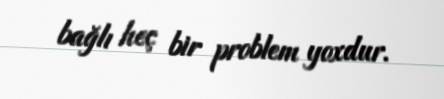
bağlı heç bir problem yoxdur.